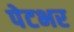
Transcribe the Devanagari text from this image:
पेटभर